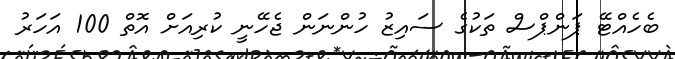
ބެހެއްޓޭ ޕަންޕްސް ތަކުގެ ސައިޒު ހުންނަން ޖެހޭނީ ކުރިއަށް އޮތް 100 އަހަރު